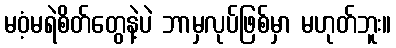
မဝံ့မရဲစိတ်တွေနဲ့ပဲ ဘာမှလုပ်ဖြစ်မှာ မဟုတ်ဘူး။